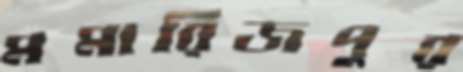
মমারিজপুর